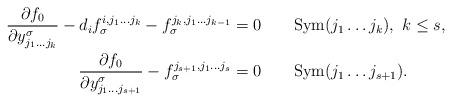
LaTeX: \begin{align*}\frac{\partial f_{0}}{\partial y_{j_{1}\ldots j_{k}}^{\sigma}}-d_{i}f_{\sigma}^{i,j_{1}\ldots j_{k}}-f_{\sigma}^{j_{k},j_{1}\ldots j_{k-1}} & =0\qquad\mathrm{Sym}(j_{1}\ldots j_{k}),\,\,k\leq s,\\\frac{\partial f_{0}}{\partial y_{j_{1}\ldots j_{s+1}}^{\sigma}}-f_{\sigma}^{j_{s+1},j_{1}\ldots j_{s}} & =0\qquad\mathrm{Sym}(j_{1}\ldots j_{s+1}).\end{align*}